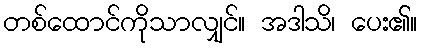
တစ်ထောင်ကိုသာလျှင်။ အဒါသိ၊ ပေး၏။